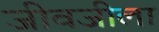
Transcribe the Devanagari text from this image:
जीवजीला